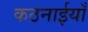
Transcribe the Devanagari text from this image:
कठनाईयाँ